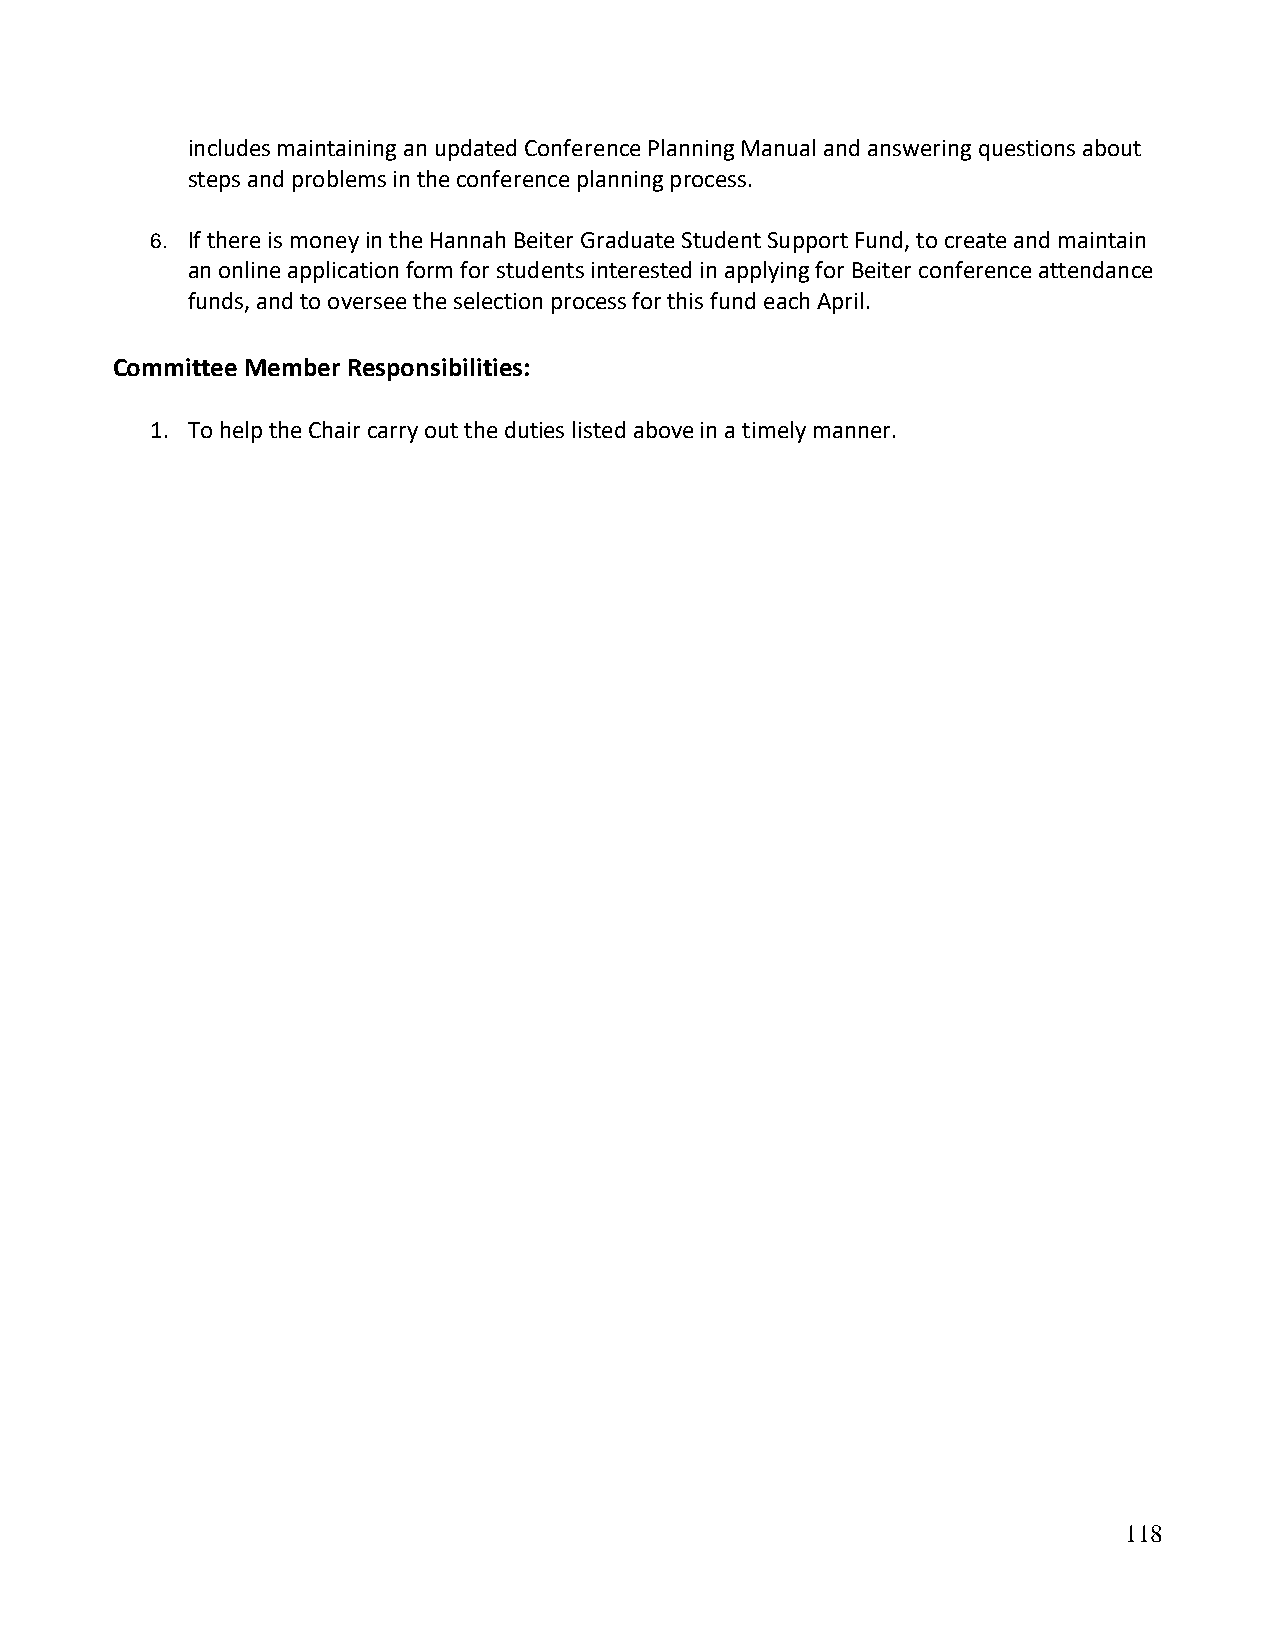
includes maintaining an updated Conference Planning Manual and answering questions about
 steps and problems in the conference planning process.
 6. If there is money in the Hannah Beiter Graduate Student Support Fund, to create and maintain
 an online application form for students interested in applying for Beiter conference attendance
 funds, and to oversee the selection process for this fund each April.
 Committee Member Responsibilities:
 1. To help the Chair carry out the duties listed above in a timely manner.
 118